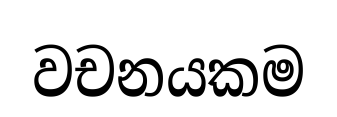
වචනයකම